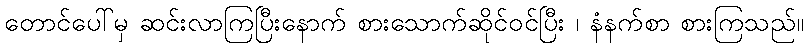
တောင်ပေါ်မှ ဆင်းလာကြပြီးနောက် စားသောက်ဆိုင်ဝင်ပြီး ၊ နံနက်စာ စားကြသည်။